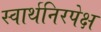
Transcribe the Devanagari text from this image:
स्वार्थनिरपेक्ष